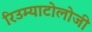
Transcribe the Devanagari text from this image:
रिउम्याटोलोजी